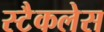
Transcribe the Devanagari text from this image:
स्टैकलेस